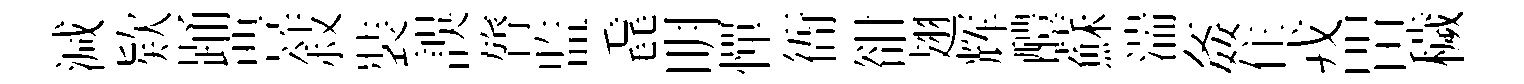
減欵踊豊敍裝誤膂监毳明憚衙𧮳翅辉醴蘇湍姦住戎㽞穢